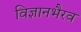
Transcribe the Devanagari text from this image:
विज्ञानभैरव